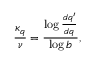
\frac { \kappa _ { q } } { \nu } = \frac { \log \frac { d q ^ { \prime } } { d q } } { \log b } ,